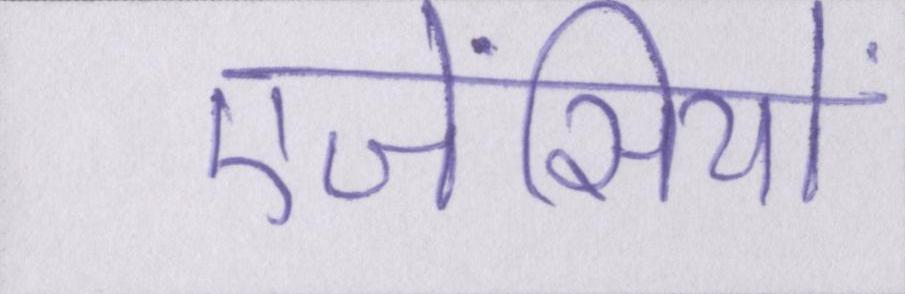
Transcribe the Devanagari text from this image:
एजेंसियों